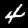
Digit: 4